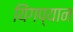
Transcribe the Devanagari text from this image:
यिंगप्यान